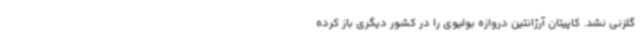
گلزنی نشد. کاپیتان آرژانتین دروازه بولیوی را در کشور دیگری باز کرده